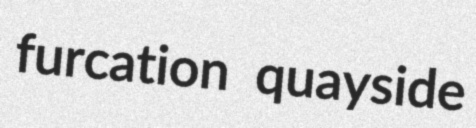
furcation quayside